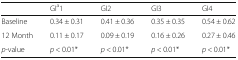
|  | GIa1 | GI2 | GI3 | GI4 |
 | --- | --- | --- | --- | --- |
 | Baseline | 0.34 ± 0.31 | 0.41 ± 0.36 | 0.35 ± 0.35 | 0.54 ± 0.62 |
 | 12 Month | 0.11 ± 0.17 | 0.09 ± 0.19 | 0.16 ± 0.26 | 0.27 ± 0.46 |
 | p-value | p < 0.01* | p < 0.01* | p < 0.01* | p < 0.01* |